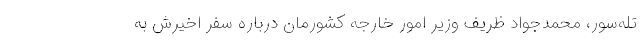
تله‌سور، محمدجواد ظریف وزیر امور خارجه کشورمان درباره سفر اخیرش به